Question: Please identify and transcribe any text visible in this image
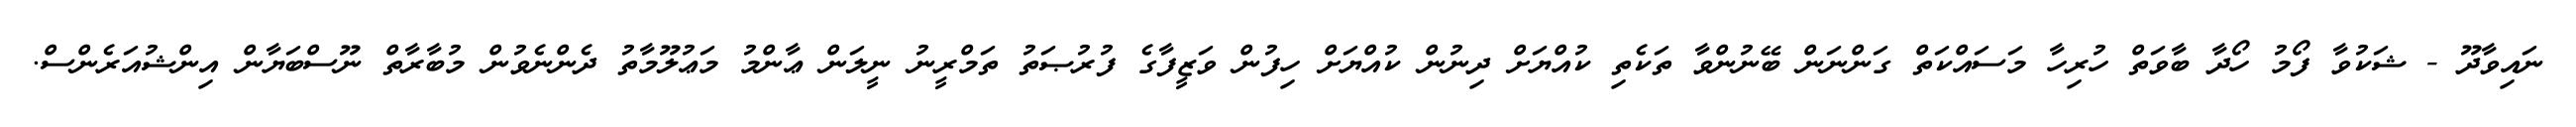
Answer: ނައިވާދޫ - ޝަކުވާ ފޯމު ހޯދާ ބާވަތް ހުރިހާ މަސައްކަތް ގަންނަން ބޭނުންވާ ތަކެތި ކުއްޔަށް ދިނުން ކުއްޔަށް ހިފުން ވަޒީފާގެ ފުރުޞަތު ތަމްރީނު ނީލަން ޢާންމު މަޢުލޫމާތު ދެންނެވުން މުބާރާތް ނޫސްބަޔާން އިންޝުއަރެންސް.